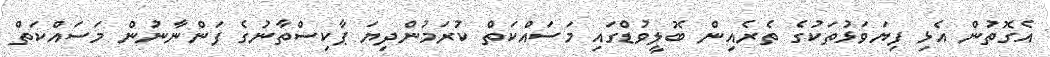
އެގޮތުން އެޅި ފިޔަވަޅުތަކުގެ ތެރެއިން ބޮލީވުޑްގައި މަސައްކަތް ކުރަމުންދިޔަ ޕާކިސްތާނުގެ ފަންނާނުން މަސައްކަތް